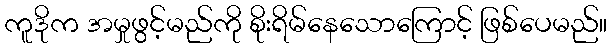
ကူဒိုက အမှုဖွင့်မည်ကို စိုးရိမ်နေသောကြောင့် ဖြစ်ပေမည်။